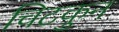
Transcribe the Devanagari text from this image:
चिटकुन